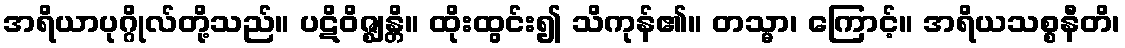
အရိယာပုဂ္ဂိုလ်တို့သည်။ ပဋိဝိဇ္ဈန္တိ။ ထိုးထွင်း၍ သိကုန်၏။ တသ္မာ၊ ကြောင့်။ အရိယသစ္စနီတိ၊